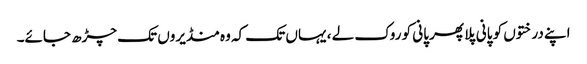
اپنے درختوں کو پانی پلا پھر پانی کو روک لے ، یہاں تک کہ وہ منڈیروں تک چڑھ جائے۔